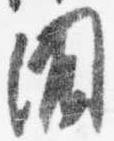
聞